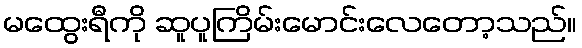
မထွေးရီကို ဆူပူကြိမ်းမောင်းလေတော့သည်။